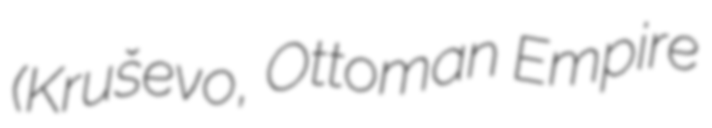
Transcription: (Kruševo, Ottoman Empire